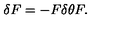
\delta F = - F \delta \theta F .